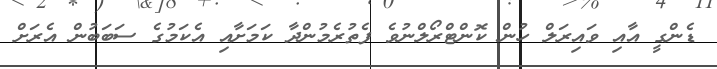
ޑެންގީ އާއި ވައިރަލް ހުން ކޮންޓްރޯލްނުވެ ފެތުރެމުންދާ ކަމަށާއި އެކަމުގެ ސަބަބުން އެރަށް